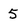
Character: 5